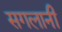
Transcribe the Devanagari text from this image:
सगलानी